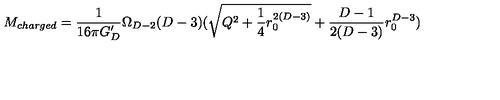
M _ { c h a r g e d } = { \frac { 1 } { 1 6 \pi G _ { D } ^ { \prime } } } \Omega _ { D - 2 } ( D - 3 ) ( \sqrt { Q ^ { 2 } + { \frac { 1 } { 4 } } r _ { 0 } ^ { 2 ( D - 3 ) } } + { \frac { D - 1 } { 2 ( D - 3 ) } } r _ { 0 } ^ { D - 3 } )